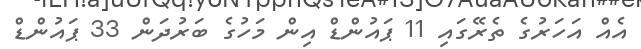
އެއް އަހަރުގެ ތެރޭގައި 11 ޕައުންޑް އިން މަހުގެ ބަރުދަން 33 ޕައުންޑް